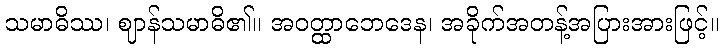
သမာဓိဿ၊ ဈာန်သမာဓိ၏။ အဝတ္ထာဘေဒေန၊ အခိုက်အတန့်အပြားအားဖြင့်။